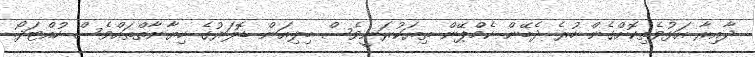
ދާއިރާ އަޅުވެތިކޮށްގެން ހުރެ ދެބޭން ކެމްޕޭން ތިޔަކުރަނީވެސް ބިލިއަން ޑޮލަރުގެ ހިޔާނާތްތައްވެސް ހުއްޓަދޯ.